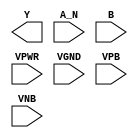
module sky130_fd_sc_ms__nand2b (
    Y   ,
    A_N ,
    B   ,
    VPWR,
    VGND,
    VPB ,
    VNB
);

    output Y   ;
    input  A_N ;
    input  B   ;
    input  VPWR;
    input  VGND;
    input  VPB ;
    input  VNB ;
endmodule